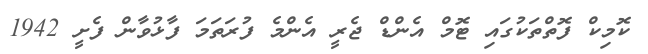
ކޮމިކް ފޮތްތަކުގައި ޓޮމް އެންޑް ޖެރީ އެންމެ ފުރަތަމަ ފާޅުވާން ފެށީ 1942